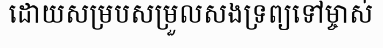
ដោយសម្របសម្រួលសងទ្រព្យទៅម្ចាស់